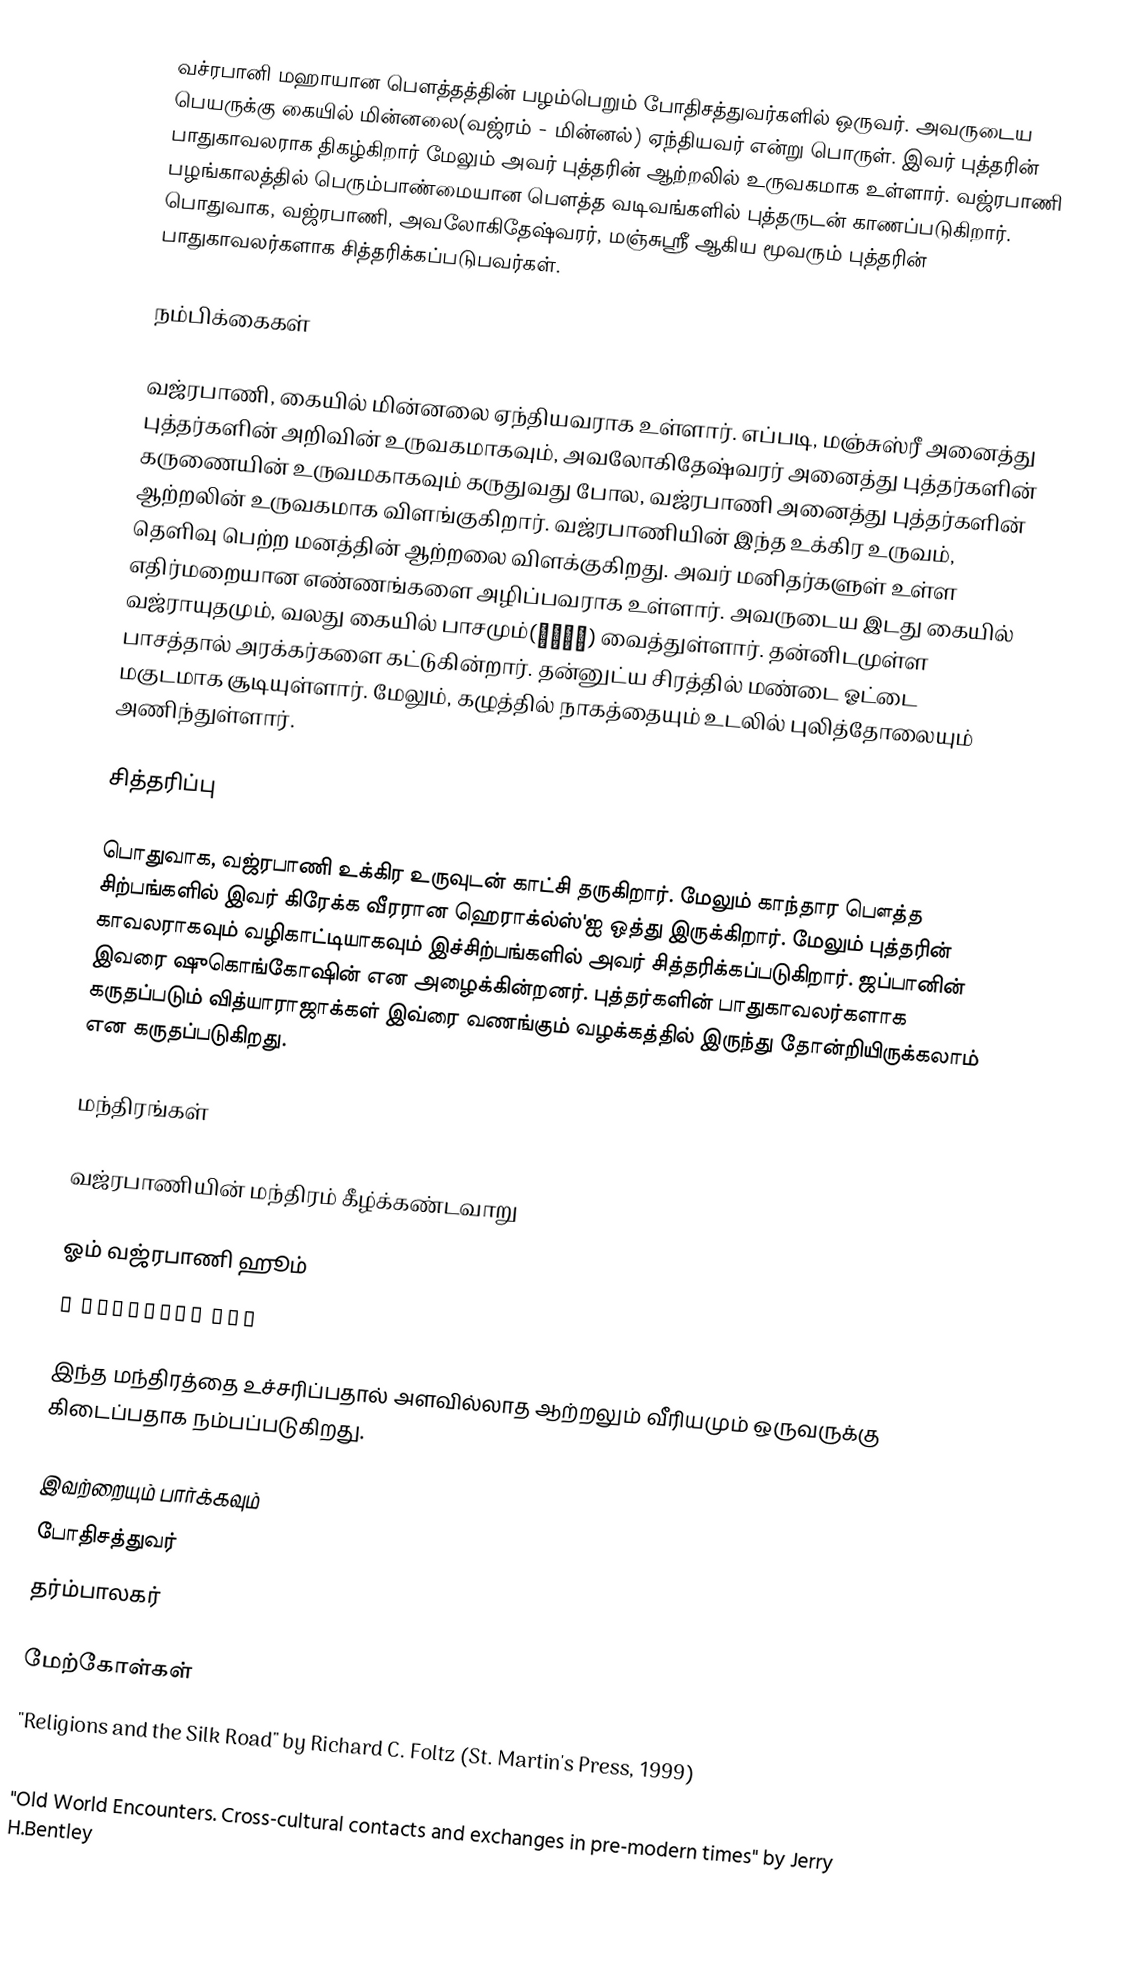
வச்ரபானி மஹாயான பௌத்தத்தின் பழம்பெறும் போதிசத்துவர்களில் ஒருவர். அவருடைய பெயருக்கு கையில் மின்னலை(வஜ்ரம் - மின்னல்) ஏந்தியவர் என்று பொருள். இவர் புத்தரின் பாதுகாவலராக திகழ்கிறார் மேலும் அவர் புத்தரின் ஆற்றலில் உருவகமாக உள்ளார். வஜ்ரபாணி பழங்காலத்தில் பெரும்பாண்மையான பௌத்த வடிவங்களில் புத்தருடன் காணப்படுகிறார். பொதுவாக, வஜ்ரபாணி, அவலோகிதேஷ்வரர், மஞ்சுஸ்ரீ ஆகிய மூவரும் புத்தரின் பாதுகாவலர்களாக சித்தரிக்கப்படுபவர்கள்.

நம்பிக்கைகள்

வஜ்ரபாணி, கையில் மின்னலை ஏந்தியவராக உள்ளார். எப்படி,  மஞ்சுஸ்ரீ அனைத்து புத்தர்களின் அறிவின் உருவகமாகவும், அவலோகிதேஷ்வரர் அனைத்து புத்தர்களின் கருணையின் உருவமகாகவும் கருதுவது போல, வஜ்ரபாணி அனைத்து புத்தர்களின் ஆற்றலின் உருவகமாக விளங்குகிறார். வஜ்ரபாணியின் இந்த உக்கிர உருவம், தெளிவு பெற்ற மனத்தின் ஆற்றலை விளக்குகிறது. அவர் மனிதர்களுள் உள்ள எதிர்மறையான எண்ணங்களை அழிப்பவராக உள்ளார். அவருடைய இடது கையில் வஜ்ராயுதமும், வலது கையில் பாசமும்(पाशं) வைத்துள்ளார். தன்னிடமுள்ள பாசத்தால் அரக்கர்களை கட்டுகின்றார். தன்னுட்ய சிரத்தில் மண்டை ஓட்டை மகுடமாக சூடியுள்ளார். மேலும், கழுத்தில் நாகத்தையும் உடலில் புலித்தோலையும் அணிந்துள்ளார்.

சித்தரிப்பு

பொதுவாக, வஜ்ரபாணி உக்கிர உருவுடன் காட்சி தருகிறார். மேலும் காந்தார பௌத்த சிற்பங்களில் இவர் கிரேக்க வீரரான ஹெராக்ல்ஸ்'ஐ ஒத்து இருக்கிறார். மேலும் புத்தரின் காவலராகவும் வழிகாட்டியாகவும் இச்சிற்பங்களில் அவர் சித்தரிக்கப்படுகிறார். ஜப்பானின் இவரை ஷுகொங்கோஷின் என அழைக்கின்றனர். புத்தர்களின் பாதுகாவலர்களாக கருதப்படும் வித்யாராஜாக்கள் இவ்ரை வணங்கும் வழக்கத்தில் இருந்து தோன்றியிருக்கலாம் என கருதப்படுகிறது.

மந்திரங்கள்

வஜ்ரபாணியின் மந்திரம் கீழ்க்கண்டவாறு

ஓம் வஜ்ரபாணி ஹூம்
ॐ वज्रपाणि हूँ

இந்த மந்திரத்தை உச்சரிப்பதால் அளவில்லாத ஆற்றலும் வீரியமும் ஒருவருக்கு கிடைப்பதாக நம்பப்படுகிறது.

இவற்றையும் பார்க்கவும்
போதிசத்துவர்
தர்ம்பாலகர்

மேற்கோள்கள்
 "Religions and the Silk Road" by Richard C. Foltz (St. Martin's Press, 1999)
 "The Diffusion of Classical Art in Antiquity" by John Boardman (Princeton University Press, 1994)
 "Old World Encounters. Cross-cultural contacts and exchanges in pre-modern times" by Jerry H.Bentley